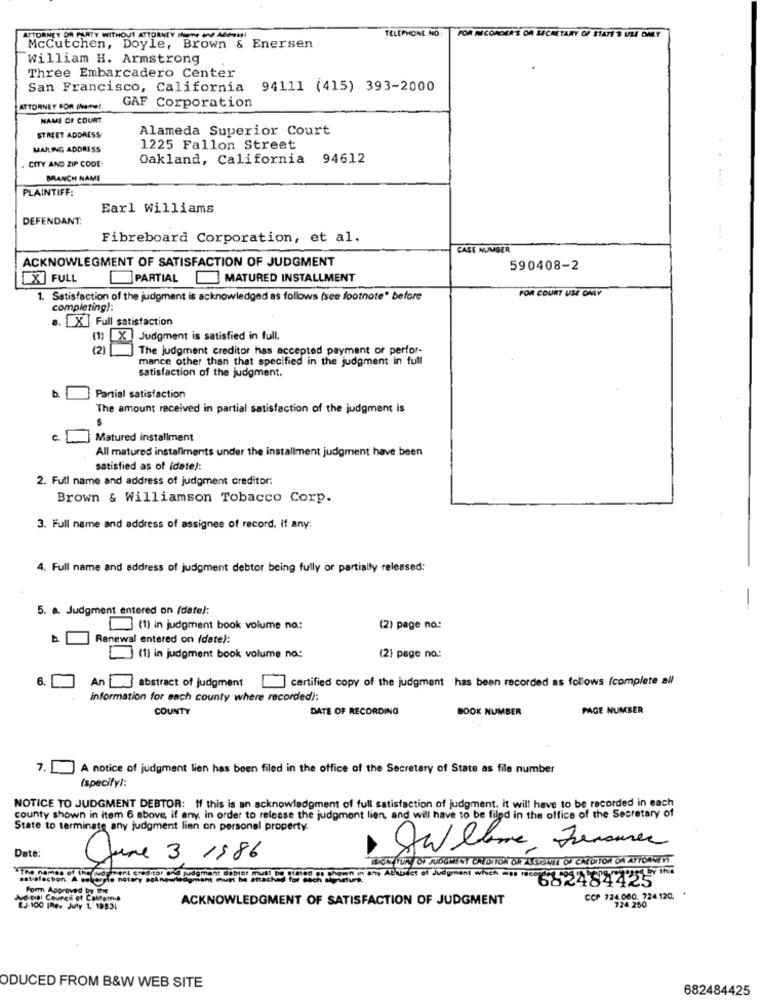
ATTORNEY ON PARTY WITHOUT ATTORNEY home and Addnul
TELEPHONE NO: FOR RECORDERS OR SECRETARY OF STATE S USE ONLY
Mccutchen, Doyle, Brown & Enersen
William H. Armstrong
Three Embarcadero Center
San Francisco, California 94111 (415) 393-2000
ATTORNEY FOR Game !.
GAF Corporation
NAME OF COURT.
Alameda Superior Court
STREET ADDRESS
MAILING ADDRESS
1225 Fallon Street
. CITY AND ZIP CODE:
Oakland, California 94612
MANCH NAME
PLAINTIFF:
Earl Williams
DEFENDANT:
Fibreboard Corporation, et al.
CASE NUMBER
ACKNOWLEGMENT OF SATISFACTION OF JUDGMENT
590408-2
[X] FULL
PARTIAL MATURED INSTALLMENT
POR COURT USE ONLY
1. Satisfaction of the judgment is acknowledged as follows (see footnote" before
completing):
a. [X ] Full satisfaction
(1) [X ] Judgment is satisfied in full.
(2) The judgment creditor has accepted payment of perfor-
mance other than that specified in the judgment in full
satisfaction of the judgment.
Partial satisfaction
The amount received in partial satisfaction of the judgment is
Matured installment
All matured installments under the installment judgment have been
satisfied as of (date):
2. Full name and address of judgment creditor:
Brown & Williamson Tobacco Corp.
3. Full name and address of assignee of record, if any:
4. Full name and address of judgment debtor being fully or partially released:
5. a. Judgment entered on (date):
(1) in judgment book volume no:
(2) page no:
Renewal entered on (dete):
(1) in judgment book volume na:
(2) page no .:
6.
certified copy of the judgment has been recorded as follows (complete all
An abstract of judgment
information for each county where recorded):
COUNTY
DATE OF RECORDING
BOOK NUMBER
PAGE NUMBER
7. L.] A notice of judgment lien has been filed in the office of the Secretary of State as file number
(specify):
NOTICE TO JUDGMENT DEBTOR: If this is an acknowledgment of full satisfaction of judgment. it will have to be recorded in each
county shown in item 6 above, if any. in order to release the judgment lien, and will have to be filed in the office of the Secretary of
State to terminate any judgment lien on personal property.
Date:
June 3 1986
BIEN IUK OF JUDGMENT CHIDITON OF SUBNEL OF CREDITOR ON ATTORNEYT
#The names of the judgment e
satisfaction. A pokerale noter
meni créditos Judgment Cobol
Form Approved by Bye
dynen hum of mind be listed of chown in any Actudet of Judgment which 6 9494425
Judicial Council et Calfemis
ACKNOWLEDGMENT OF SATISFACTION OF JUDGMENT
CCP 724.080, 724.120, '
724.250
23.100 (Rev July 1,"1983|
ODUCED FROM B&W WEB SITE
682484425